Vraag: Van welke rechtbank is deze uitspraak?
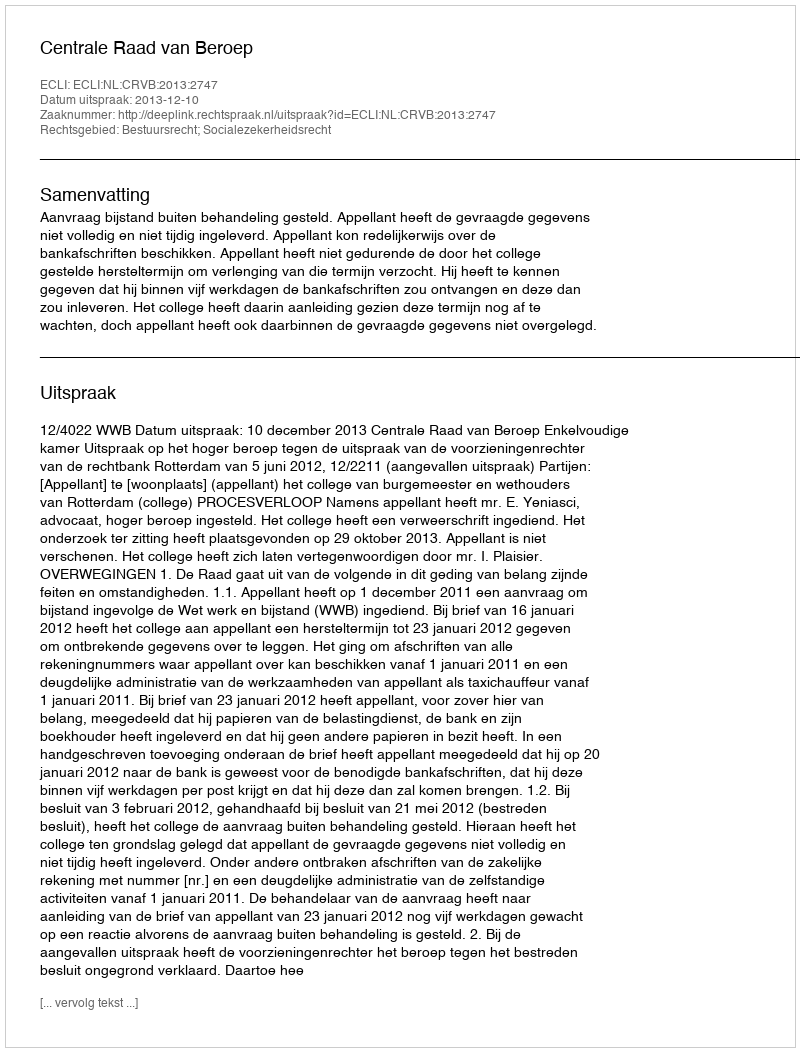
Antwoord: Centrale Raad van Beroep